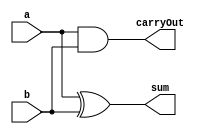
`timescale 1ns / 1ps
module half_adder(input a, input b , output sum, output carryOut);
	assign sum = a ^ b;
	assign carryOut = a & b;
endmodule